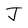
Character: J